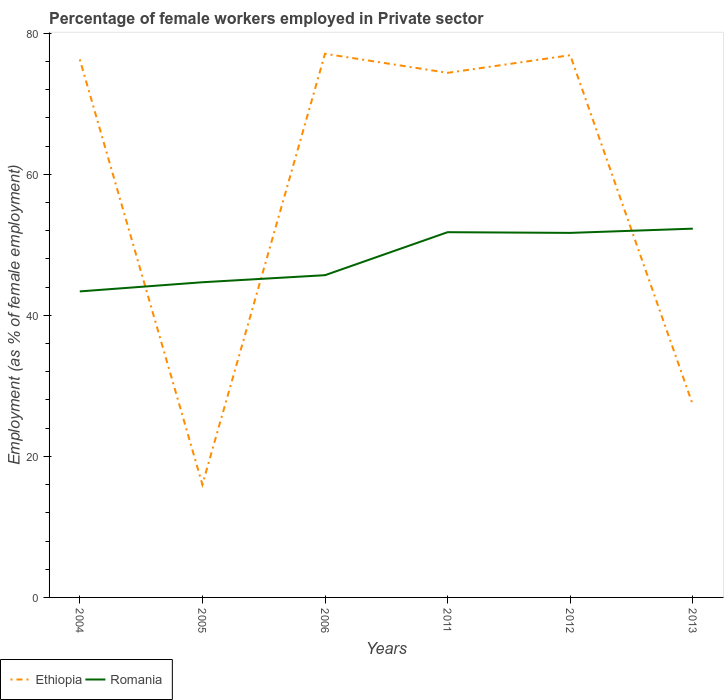
| Years | Ethiopia | Romania |
 | --- | --- | --- |
 | 2004 | 76.3 | 43.4 |
 | 2005 | 16 | 44.7 |
 | 2006 | 77.1 | 45.7 |
 | 2011 | 74.4 | 51.8 |
 | 2012 | 76.9 | 51.7 |
 | 2013 | 27.3 | 52.3 |